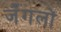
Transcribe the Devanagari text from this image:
जँगलों